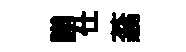
謭仕蓊